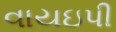
વાયઇપી